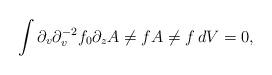
LaTeX: \begin{align*} \int \partial_v\partial_v^{-2}f_0\partial_zA\ne{f}A\ne{f}\,dV =0,\end{align*}